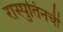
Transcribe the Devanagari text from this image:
रास्पुतिनची